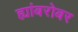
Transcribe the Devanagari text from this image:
ह्यांबरोबर